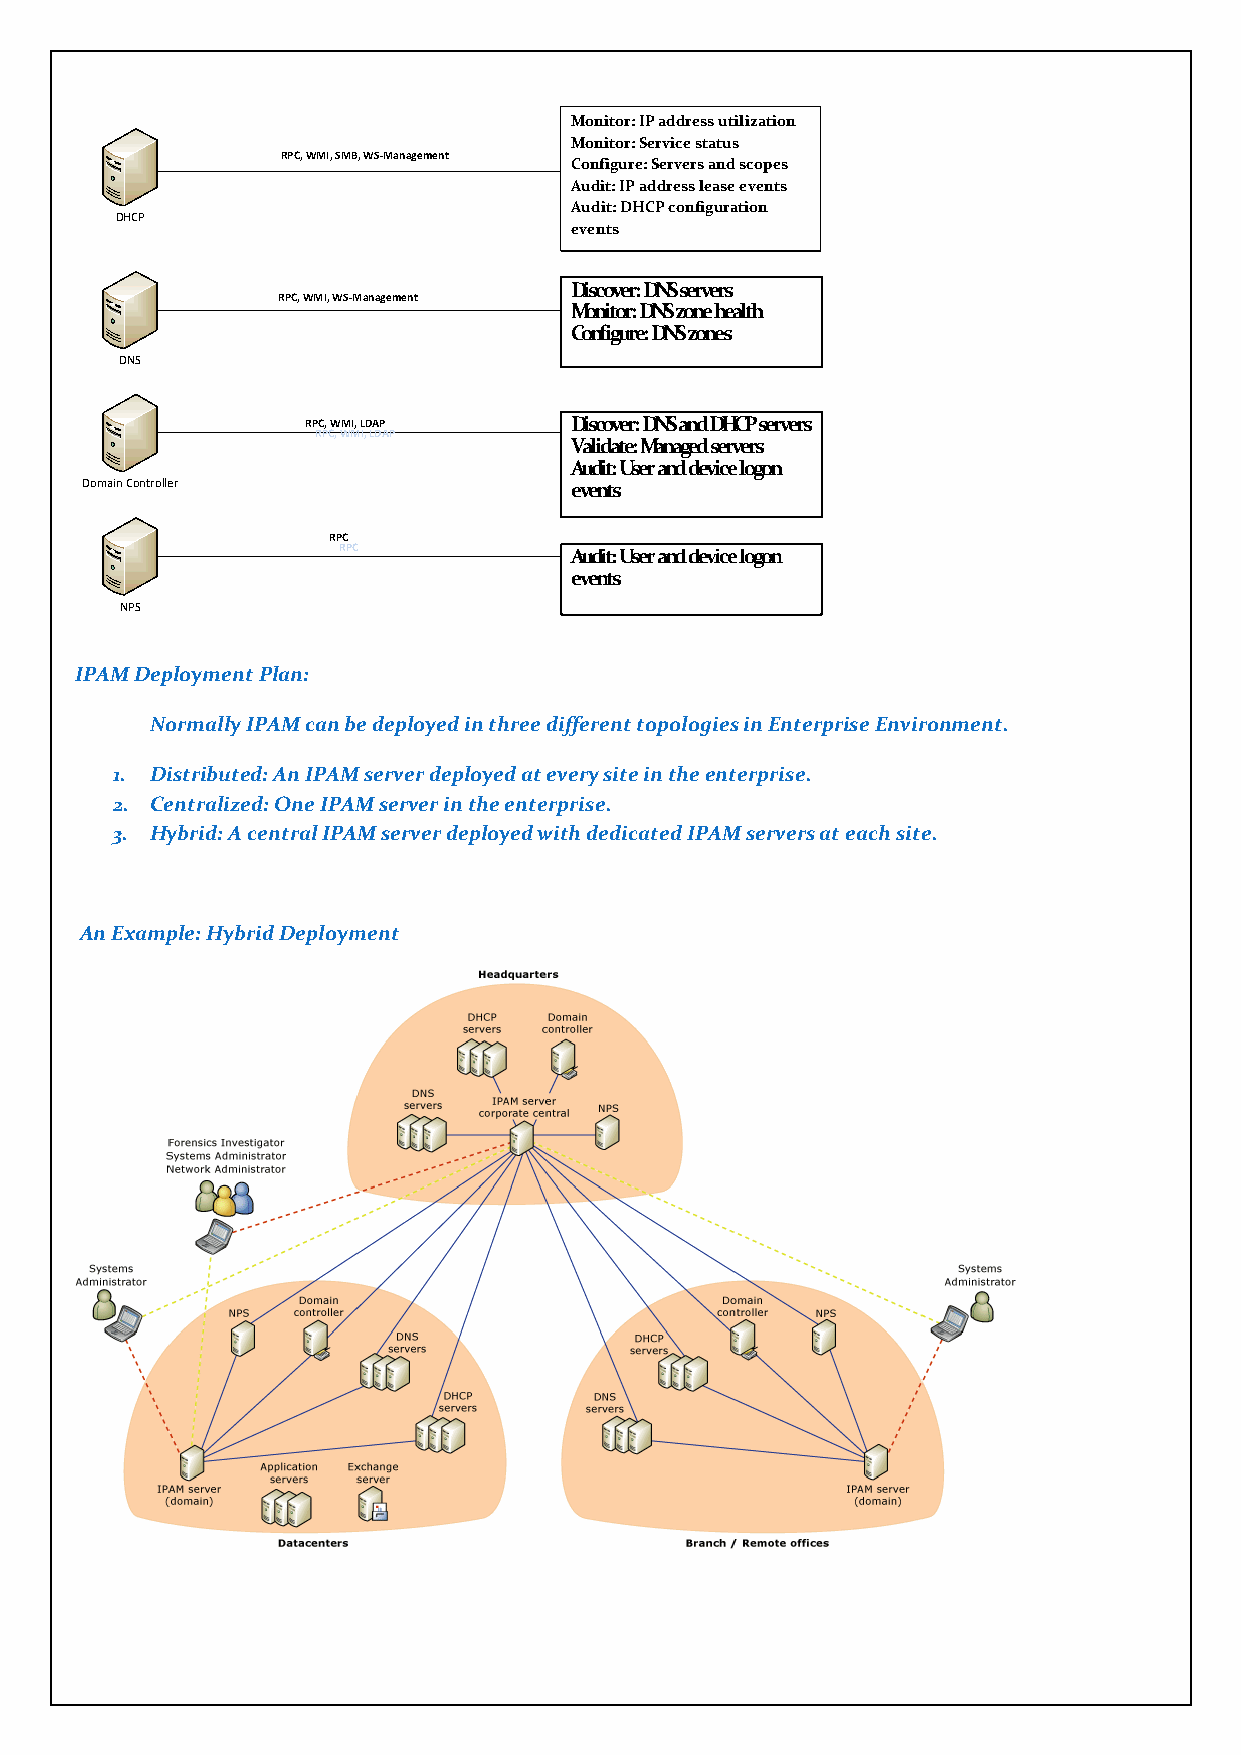
Monitor: IP address utilization
 Monitor: Service status
 RPC, WMI, SMB, WS-Management
 Configure: Servers and scopes
 Audit: IP address lease events
 Audit: DHCP configuration
 DHCP
 events
 Discover: DNS servers
 RPC, WMI, WS-Management
 Monitor: DNS zone health
 Configure: DNS zones
 DNS
 RPC, WMI, LDAP    Discover: DNS and DHCP servers
 RPC, WMI, LDAP
 Validate: Managed servers
 Audit: User and device logon
 Domain Controller                events
 RPC
 RPC             Audit: User and device logon
 events
 NPS
 IPAM Deployment Plan:
 Normally IPAM can be deployed in three different topologies in Enterprise Environment.
 1. Distributed: An IPAM server deployed at every site in the enterprise.
 2. Centralized: One IPAM server in the enterprise.
 3. Hybrid: A central IPAM server deployed with dedicated IPAM servers at each site.
 An Example: Hybrid Deployment